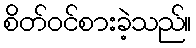
စိတ်ဝင်စားခဲ့သည်။